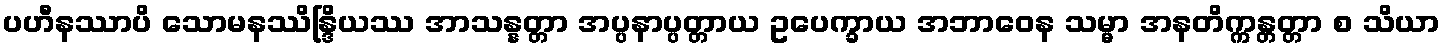
ပဟီနဿာပိ သောမနဿိန္ဒြိယဿ အာသန္နတ္တာ အပ္ပနာပ္ပတ္တာယ ဥပေက္ခာယ အဘာဝေန သမ္မာ အနတိက္ကန္တတ္တာ စ သိယာ